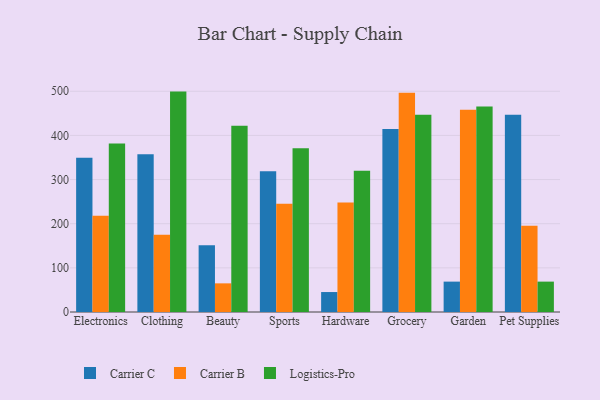
{"axis": {"x": "Category", "y": "Waste Production (Tons)"}, "legend": ["Carrier B", "Carrier C", "Logistics-Pro"], "data": [{"x": "Electronics", "y": 349.1, "type": "Carrier C"}, {"x": "Electronics", "y": 217.9, "type": "Carrier B"}, {"x": "Electronics", "y": 381.6, "type": "Logistics-Pro"}, {"x": "Clothing", "y": 357.4, "type": "Carrier C"}, {"x": "Clothing", "y": 175.1, "type": "Carrier B"}, {"x": "Clothing", "y": 499.2, "type": "Logistics-Pro"}, {"x": "Beauty", "y": 151.2, "type": "Carrier C"}, {"x": "Beauty", "y": 64.9, "type": "Carrier B"}, {"x": "Beauty", "y": 421.6, "type": "Logistics-Pro"}, {"x": "Sports", "y": 318.7, "type": "Carrier C"}, {"x": "Sports", "y": 245.3, "type": "Carrier B"}, {"x": "Sports", "y": 371.0, "type": "Logistics-Pro"}, {"x": "Hardware", "y": 45.2, "type": "Carrier C"}, {"x": "Hardware", "y": 247.8, "type": "Carrier B"}, {"x": "Hardware", "y": 320.1, "type": "Logistics-Pro"}, {"x": "Grocery", "y": 414.3, "type": "Carrier C"}, {"x": "Grocery", "y": 496.4, "type": "Carrier B"}, {"x": "Grocery", "y": 446.8, "type": "Logistics-Pro"}, {"x": "Garden", "y": 68.8, "type": "Carrier C"}, {"x": "Garden", "y": 457.9, "type": "Carrier B"}, {"x": "Garden", "y": 465.6, "type": "Logistics-Pro"}, {"x": "Pet Supplies", "y": 446.6, "type": "Carrier C"}, {"x": "Pet Supplies", "y": 195.6, "type": "Carrier B"}, {"x": "Pet Supplies", "y": 68.8, "type": "Logistics-Pro"}]}